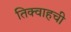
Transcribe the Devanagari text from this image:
तिक्वाहची